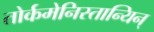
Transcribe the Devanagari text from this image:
तोर्कमेनिस्तान्यिन्